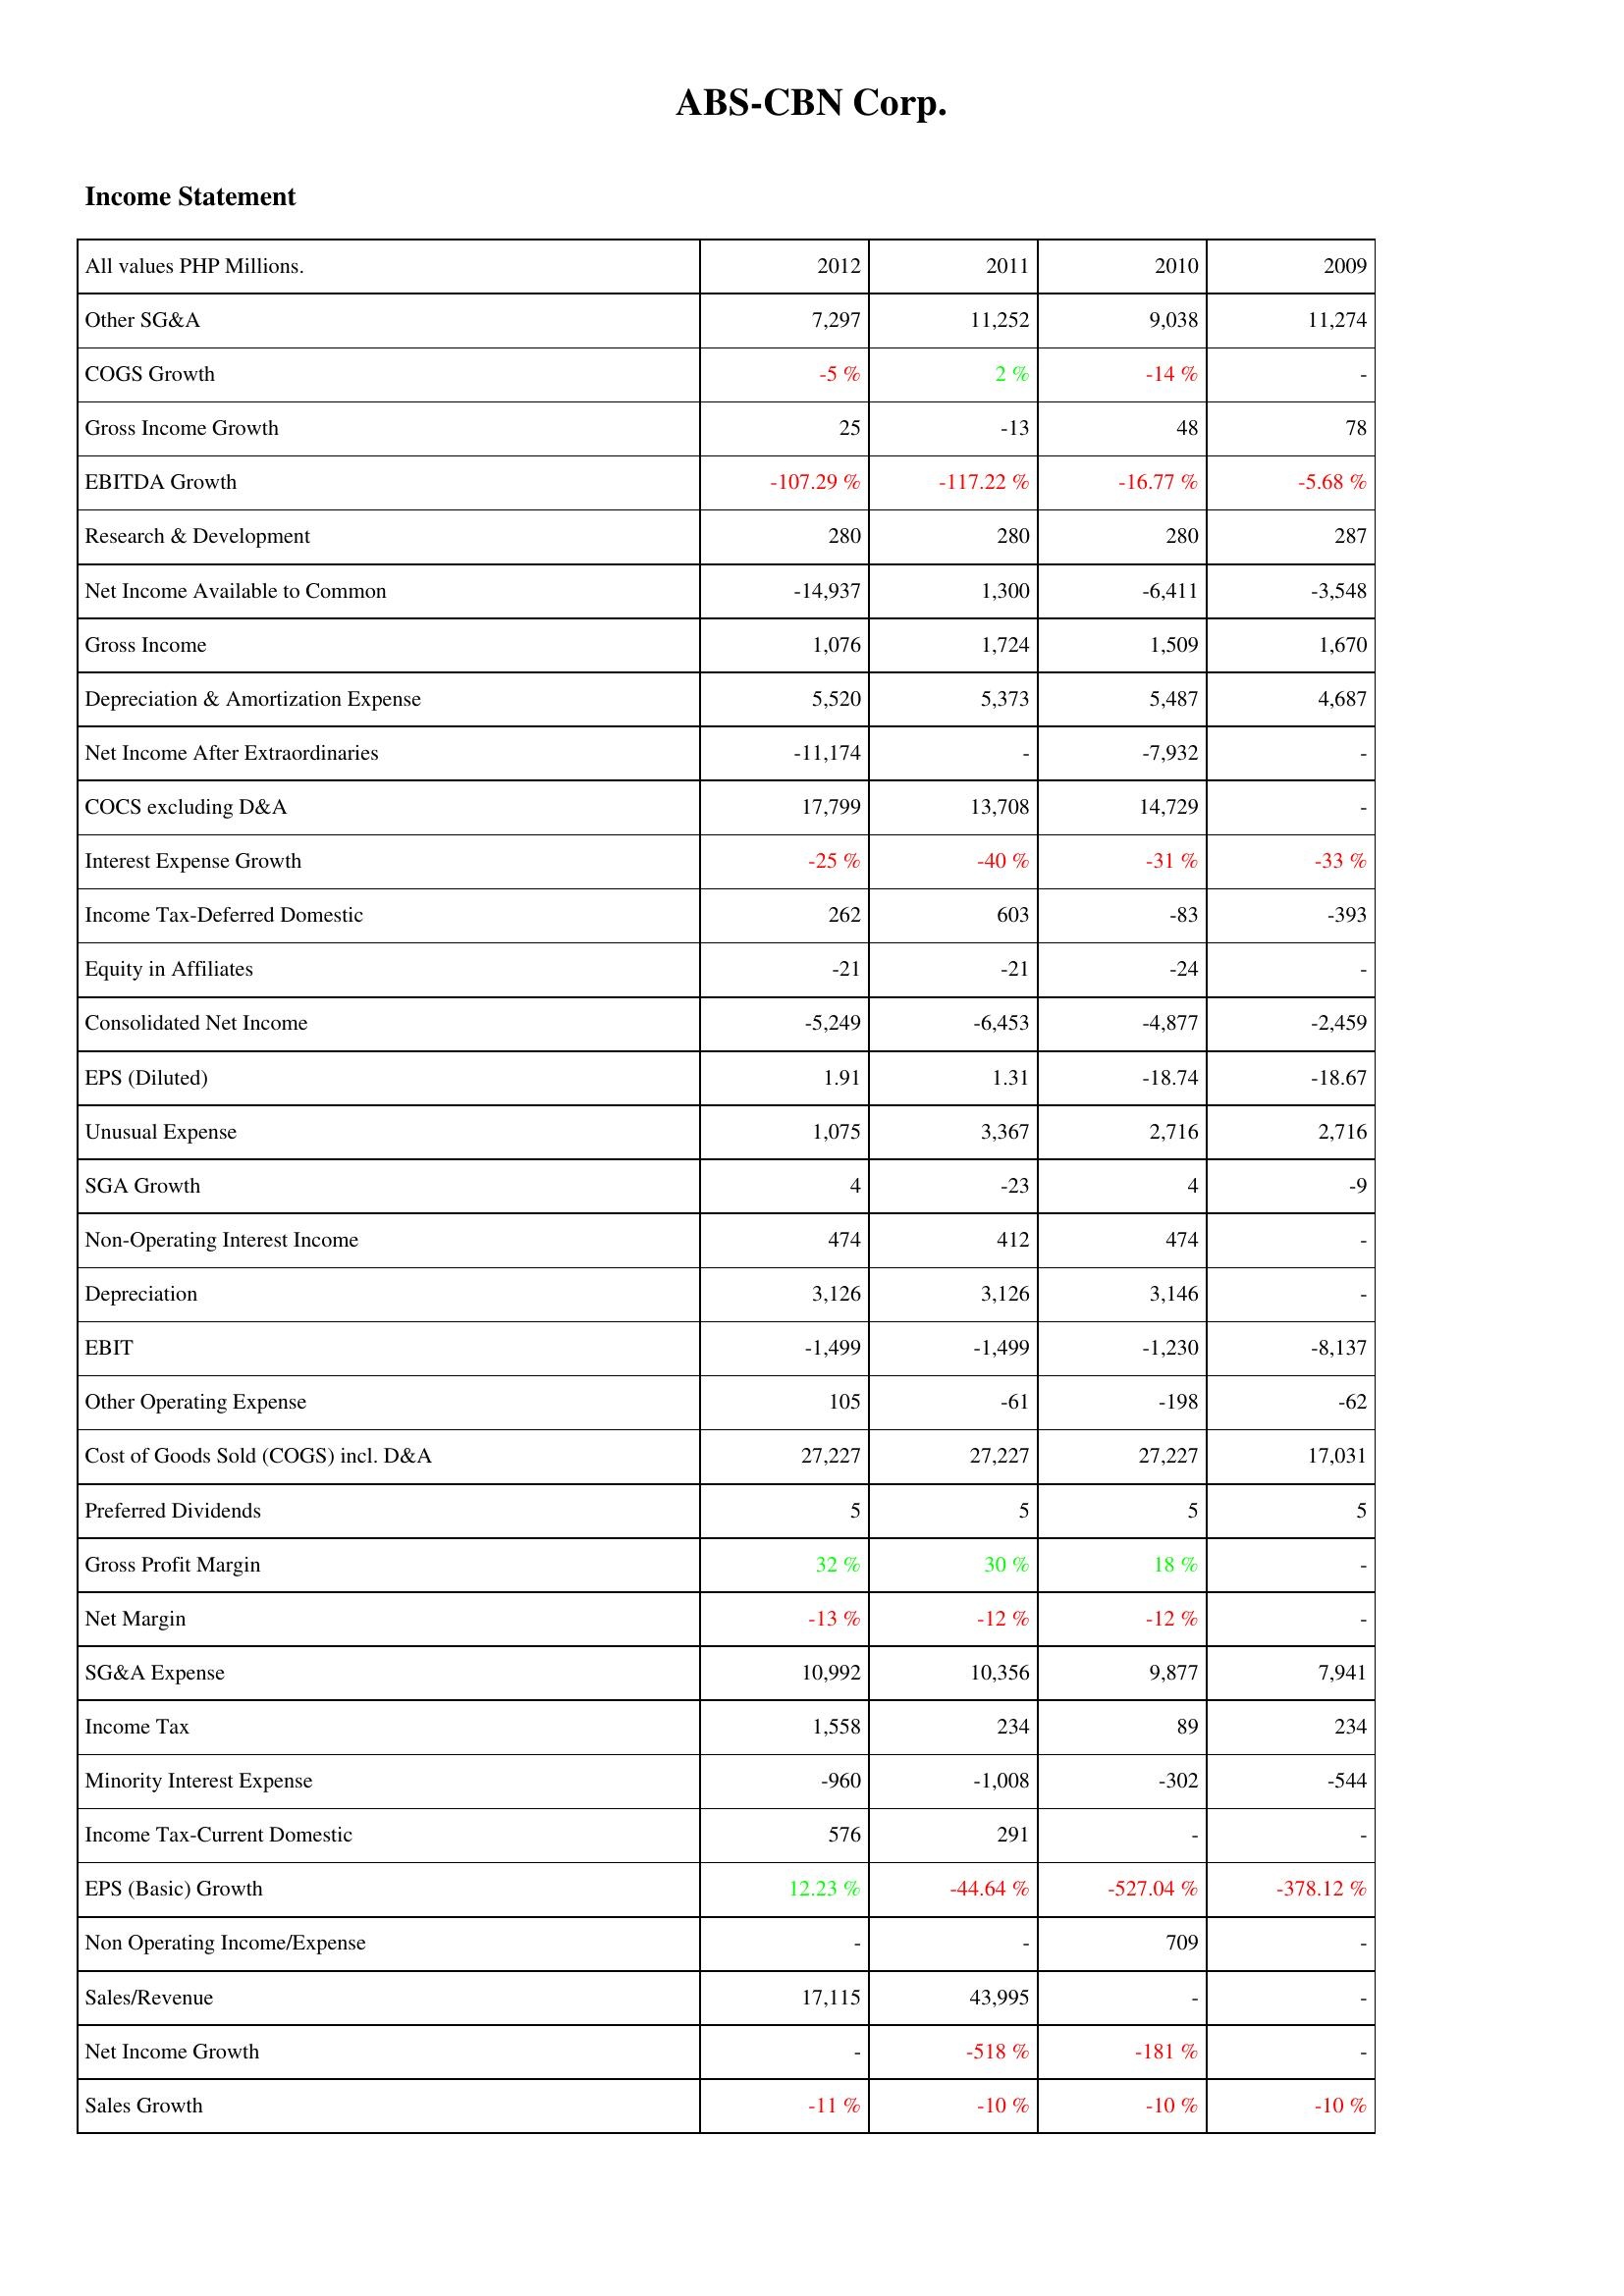
2012: Income Statement: Other SG&A: 7,297
COGS Growth: -5 %
Gross Income Growth: 25
EBITDA Growth: -107.29 %
Research & Development: 280
Net Income Available to Common: -14,937
Gross Income: 1,076
Depreciation & Amortization Expense: 5,520
Net Income After Extraordinaries: -11,174
COCS excluding D&A: 17,799
Interest Expense Growth: -25 %
Income Tax-Deferred Domestic: 262
Equity in Affiliates: -21
Consolidated Net Income: -5,249
EPS (Diluted): 1.91
Unusual Expense: 1,075
SGA Growth: 4
Non-Operating Interest Income: 474
Depreciation: 3,126
EBIT: -1,499
Other Operating Expense: 105
Cost of Goods Sold (COGS) incl. D&A: 27,227
Preferred Dividends: 5
Gross Profit Margin: 32 %
Net Margin: -13 %
SG&A Expense: 10,992
Income Tax: 1,558
Minority Interest Expense: -960
Income Tax-Current Domestic: 576
EPS (Basic) Growth: 12.23 %
Non Operating Income/Expense: -
Sales/Revenue: 17,115
Net Income Growth: -
Sales Growth: -11 %
2011: Income Statement: Other SG&A: 11,252
COGS Growth: 2 %
Gross Income Growth: -13
EBITDA Growth: -117.22 %
Research & Development: 280
Net Income Available to Common: 1,300
Gross Income: 1,724
Depreciation & Amortization Expense: 5,373
Net Income After Extraordinaries: -
COCS excluding D&A: 13,708
Interest Expense Growth: -40 %
Income Tax-Deferred Domestic: 603
Equity in Affiliates: -21
Consolidated Net Income: -6,453
EPS (Diluted): 1.31
Unusual Expense: 3,367
SGA Growth: -23
Non-Operating Interest Income: 412
Depreciation: 3,126
EBIT: -1,499
Other Operating Expense: -61
Cost of Goods Sold (COGS) incl. D&A: 27,227
Preferred Dividends: 5
Gross Profit Margin: 30 %
Net Margin: -12 %
SG&A Expense: 10,356
Income Tax: 234
Minority Interest Expense: -1,008
Income Tax-Current Domestic: 291
EPS (Basic) Growth: -44.64 %
Non Operating Income/Expense: -
Sales/Revenue: 43,995
Net Income Growth: -518 %
Sales Growth: -10 %
2010: Income Statement: Other SG&A: 9,038
COGS Growth: -14 %
Gross Income Growth: 48
EBITDA Growth: -16.77 %
Research & Development: 280
Net Income Available to Common: -6,411
Gross Income: 1,509
Depreciation & Amortization Expense: 5,487
Net Income After Extraordinaries: -7,932
COCS excluding D&A: 14,729
Interest Expense Growth: -31 %
Income Tax-Deferred Domestic: -83
Equity in Affiliates: -24
Consolidated Net Income: -4,877
EPS (Diluted): -18.74
Unusual Expense: 2,716
SGA Growth: 4
Non-Operating Interest Income: 474
Depreciation: 3,146
EBIT: -1,230
Other Operating Expense: -198
Cost of Goods Sold (COGS) incl. D&A: 27,227
Preferred Dividends: 5
Gross Profit Margin: 18 %
Net Margin: -12 %
SG&A Expense: 9,877
Income Tax: 89
Minority Interest Expense: -302
Income Tax-Current Domestic: -
EPS (Basic) Growth: -527.04 %
Non Operating Income/Expense: 709
Sales/Revenue: -
Net Income Growth: -181 %
Sales Growth: -10 %
2009: Income Statement: Other SG&A: 11,274
COGS Growth: -
Gross Income Growth: 78
EBITDA Growth: -5.68 %
Research & Development: 287
Net Income Available to Common: -3,548
Gross Income: 1,670
Depreciation & Amortization Expense: 4,687
Net Income After Extraordinaries: -
COCS excluding D&A: -
Interest Expense Growth: -33 %
Income Tax-Deferred Domestic: -393
Equity in Affiliates: -
Consolidated Net Income: -2,459
EPS (Diluted): -18.67
Unusual Expense: 2,716
SGA Growth: -9
Non-Operating Interest Income: -
Depreciation: -
EBIT: -8,137
Other Operating Expense: -62
Cost of Goods Sold (COGS) incl. D&A: 17,031
Preferred Dividends: 5
Gross Profit Margin: -
Net Margin: -
SG&A Expense: 7,941
Income Tax: 234
Minority Interest Expense: -544
Income Tax-Current Domestic: -
EPS (Basic) Growth: -378.12 %
Non Operating Income/Expense: -
Sales/Revenue: -
Net Income Growth: -
Sales Growth: -10 %